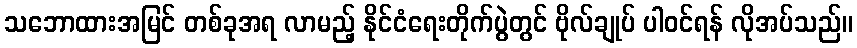
သဘောထားအမြင် တစ်ခုအရ လာမည့် နိုင်ငံရေးတိုက်ပွဲတွင် ဗိုလ်ချုပ် ပါဝင်ရန် လိုအပ်သည်။